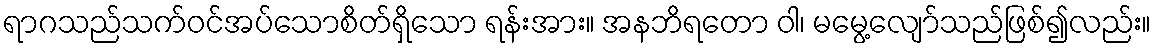
ရာဂသည်သက်ဝင်အပ်သောစိတ်ရှိသော ရန်းအား။ အနဘိရတော ဝါ၊ မမွေ့လျော်သည်ဖြစ်၍လည်း။